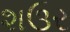
શઉર